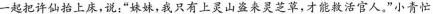
一起把许仙抬上床，说：”妹妹，我只有上灵山盗来灵芝草，才能救活官人，“小青忙